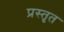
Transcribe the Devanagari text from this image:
प्रस्तृत